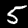
Digit: 5